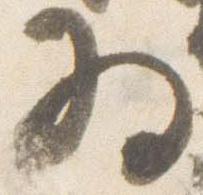
為